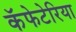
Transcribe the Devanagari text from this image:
कॅफेटेरिया